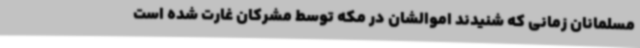
مسلمانان زمانی که شنیدند اموالشان در مکه توسط مشرکان غارت شده است